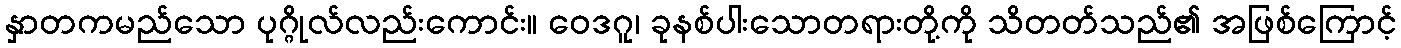
နှာတကမည်သော ပုဂ္ဂိုလ်လည်းကောင်း။ ဝေဒဂူ၊ ခုနစ်ပါးသောတရားတို့ကို သိတတ်သည်၏ အဖြစ်ကြောင့်